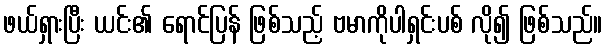
ဖယ်ရှားပြီး ယင်း၏ ရောင်ပြန် ဖြစ်သည့် ဗမာကိုပါရှင်းပစ် လို၍ ဖြစ်သည်။